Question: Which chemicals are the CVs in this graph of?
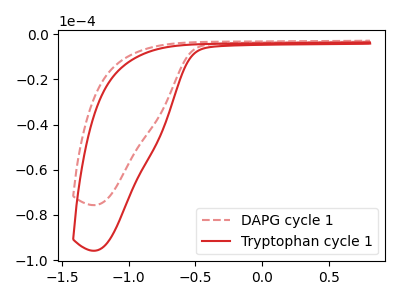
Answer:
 <answer>The red dashed curve is labeled "DAPG cycle 1". The red curve is labeled "Tryptophan cycle 1".</answer>
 <eval></eval>